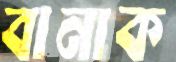
বানাক